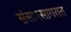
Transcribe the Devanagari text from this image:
संसारसागरात